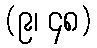
(၉၊ ၄၈)